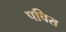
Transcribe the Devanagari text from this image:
पचिस